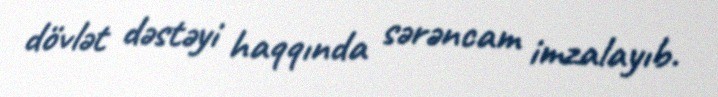
dövlət dəstəyi haqqında sərəncam imzalayıb.